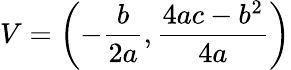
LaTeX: V=\left(-{\frac{b}{2a}},{\frac{4ac-b^{2}}{4a}}\right)